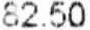
82.50